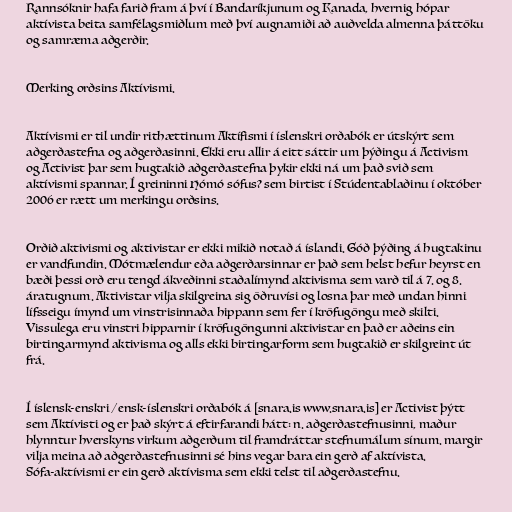
Rannsóknir hafa farið fram á því í Bandaríkjunum og Kanada, hvernig hópar
aktívista beita samfélagsmiðlum með því augnamiði að auðvelda almenna þáttöku
og samræma aðgerðir.

Merking orðsins Aktívismi.

Aktívismi er til undir rithættinum Aktífismi í íslenskri orðabók er útskýrt sem
aðgerðastefna og aðgerðasinni. Ekki eru allir á eitt sáttir um þýðingu á Activism
og Activist þar sem hugtakið aðgerðastefna þykir ekki ná um það svið sem
aktívismi spannar. Í greininni Hómó sófus? sem birtist í Stúdentablaðinu í október
2006 er rætt um merkingu orðsins.

Orðið aktivismi og aktivistar er ekki mikið notað á íslandi. Góð þýðing á hugtakinu
er vandfundin. Mótmælendur eða aðgerðarsinnar er það sem helst hefur heyrst en
bæði þessi orð eru tengd ákveðinni staðalímynd aktivisma sem varð til á 7. og 8.
áratugnum. Aktivistar vilja skilgreina sig öðruvísi og losna þar með undan hinni
lífsseigu ímynd um vinstrisinnaða hippann sem fer í kröfugöngu með skilti.
Vissulega eru vinstri hipparnir í kröfugöngunni aktivistar en það er aðeins ein
birtingarmynd aktivisma og alls ekki birtingarform sem hugtakið er skilgreint út
frá.

Í íslensk-enskri / ensk-íslenskri orðabók á [snara.is www.snara.is] er Activist þýtt
sem Aktívisti og er það skýrt á eftirfarandi hátt: n. aðgerðastefnusinni, maður
hlynntur hverskyns virkum aðgerðum til framdráttar stefnumálum sínum. margir
vilja meina að aðgerðastefnusinni sé hins vegar bara ein gerð af aktívista.
Sófa-aktívismi er ein gerð aktívisma sem ekki telst til aðgerðastefnu.